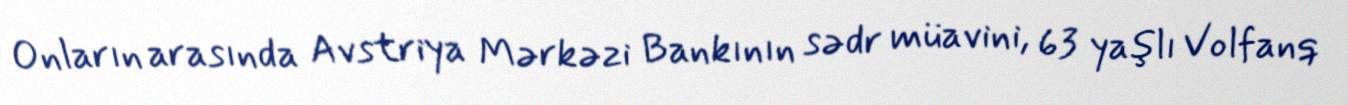
Onların arasında Avstriya Mərkəzi Bankının sədr müavini, 63 yaşlı Volfanq